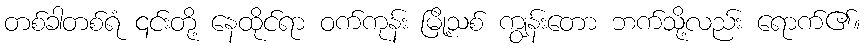
တစ်ခါတစ်ရံ ၎င်းတို့ နေထိုင်ရာ ဝက်ကုန်း မြို့သစ် ကျွန်းတော ဘက်သို့လည်း ရောက်၏။